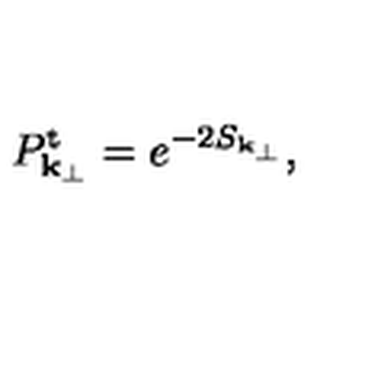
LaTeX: P _ { { \bf k } _ { \perp } } ^ { \mathrm { t } } = e ^ { - 2 S _ { { \bf k } _ { \perp } } } ,